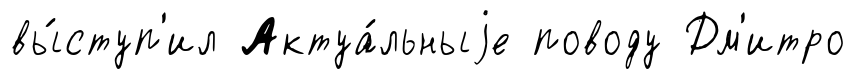
вы́ступ'ил Актуа́льныjе поводу Дм'итро